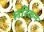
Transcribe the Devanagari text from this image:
लरिकन